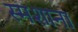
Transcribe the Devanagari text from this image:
स्मशाना